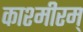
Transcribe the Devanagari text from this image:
काश्मीरम्